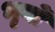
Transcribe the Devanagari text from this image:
भृगों